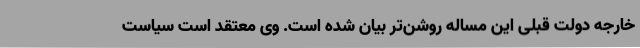
خارجه دولت قبلی این مساله روشن‌تر بیان شده است. وی معتقد است سیاست